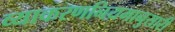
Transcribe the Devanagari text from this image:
व्याकरणनियमानुसारी